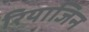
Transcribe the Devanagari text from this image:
रियाजिन